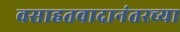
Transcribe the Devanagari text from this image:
वसाहतवादानंतरच्या